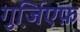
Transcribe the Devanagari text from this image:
गुर्जि़एफ़